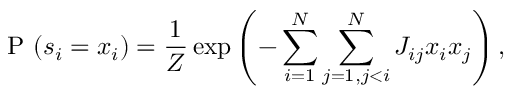
\mathrm { ~ P ~ } ( s _ { i } = x _ { i } ) = \frac { 1 } { Z } \exp \left( - \sum _ { i = 1 } ^ { N } \sum _ { j = 1 , j < i } ^ { N } J _ { i j } x _ { i } x _ { j } \right) ,